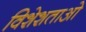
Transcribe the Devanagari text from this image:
विशेशताओ